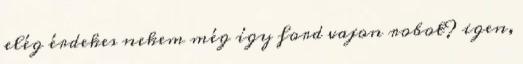
elég érdekes nekem még így ford vajon robot? igen,